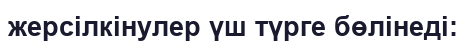
жерсілкінулер үш түрге бөлінеді: